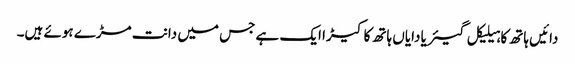
دائیں ہاتھ کا ہیلیکل گیئر یا دایاں ہاتھ کا کیڑا ایک ہے جس میں دانت مڑے ہوئے ہیں۔